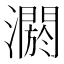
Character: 𤂷